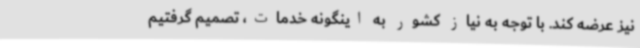
نیز عرضه کند. با توجه به نیاز کشور به اینگونه خدمات، تصمیم گرفتیم